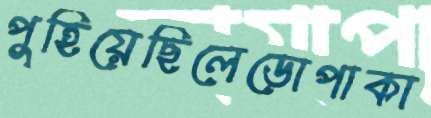
পুহিয়েছিলেডোপাকা